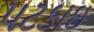
પટકાઇ